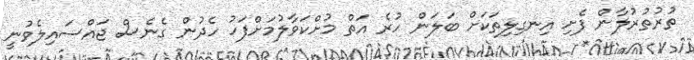
ތުރުތުރުލާން ފެށި އިނގިލިތަކަށް ބަލަން ހުރެ އަތް މުށްކަވާލުމަށްފަހު ހެދުން ގެނެސް ޖައްސައިލެވުނީ